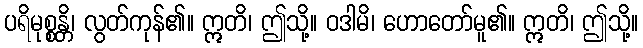
ပရိမုစ္စန္တိ၊ လွတ်ကုန်၏။ ဣတိ၊ ဤသို့။ ဝဒါမိ၊ ဟောတော်မူ၏။ ဣတိ၊ ဤသို့။